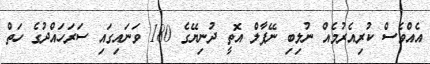
އެއްވެސް ކުރިއެރުމެއް ނުލިބި ނޭޕާލް އޮތީ ދުނިޔޭގެ 180 ވަނައިގައި ސަރަހައްދުގެ ހަތް